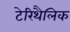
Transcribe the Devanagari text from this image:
टेरिथैलिक